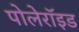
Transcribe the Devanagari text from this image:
पोलेरॉइड